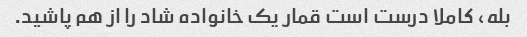
بله، کاملا درست است قمار یک خانواده شاد را از هم پاشید.